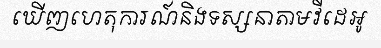
ឃើញហេតុការណ៍និងទស្សនាតាមវីដេអូ